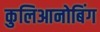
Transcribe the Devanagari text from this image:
कुलिआनोबिंग